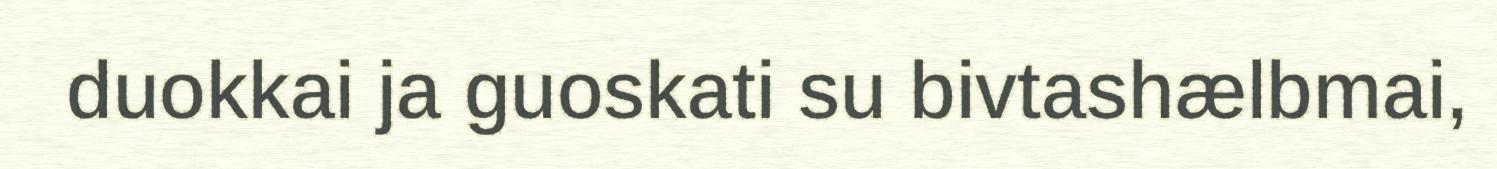
duokkai ja guoskati su bivtashælbmai,